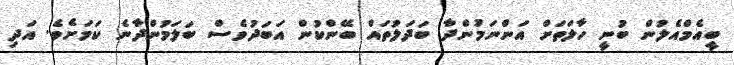
ބީއެމްއެލުން ބުނީ ހާލަތަށް އަންނަމުންދާ ބަދަލުތައް ބޭންކުން އަބަދުވެސް ބަލަމުންދާނެ ކަމަށެވެ. އަދި